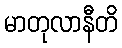
မာတုလာနီတိ